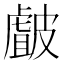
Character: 皻